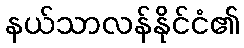
နယ်သာလန်နိုင်ငံ၏